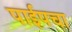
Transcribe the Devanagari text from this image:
पाईपचा